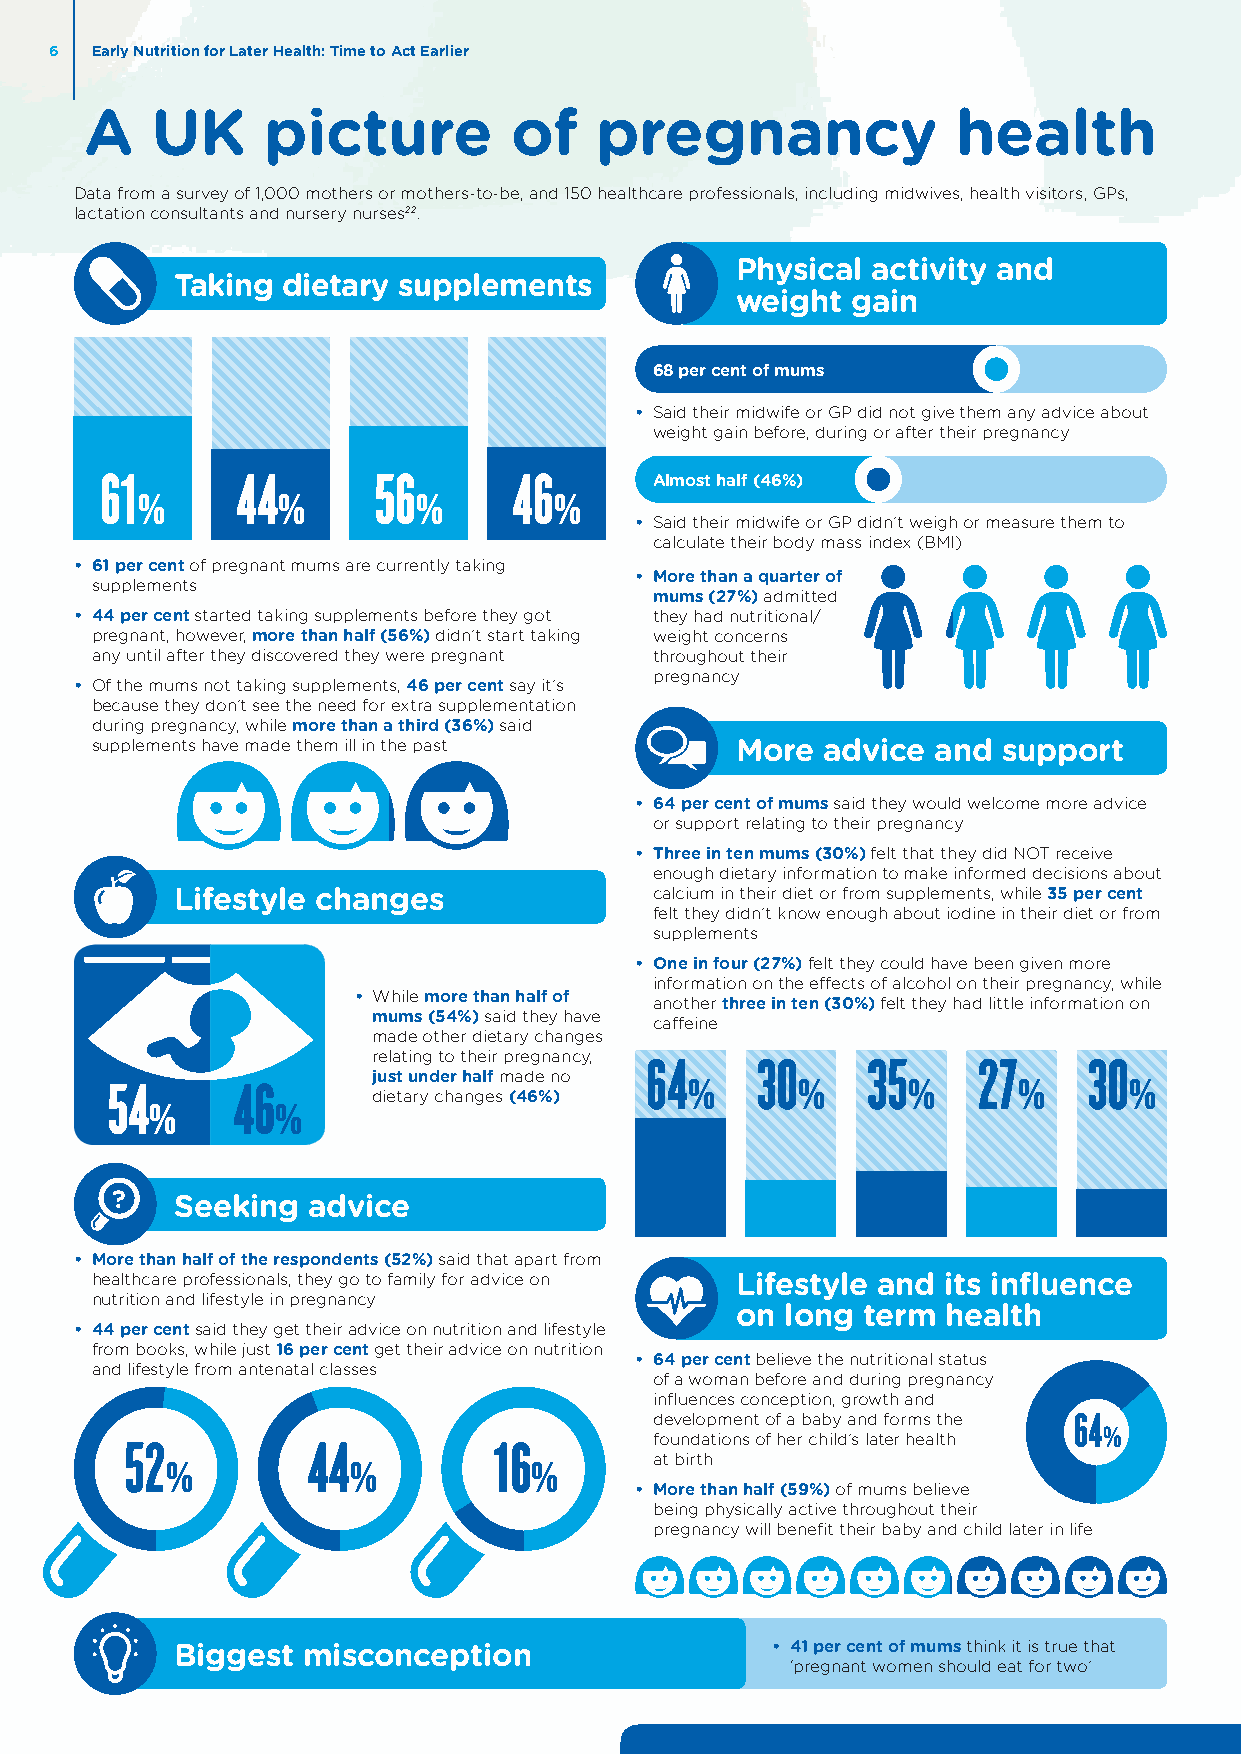
6  Early Nutrition for Later Health: Time to Act Earlier
 A   UK     picture          of   pregnancy               health
 Data from a survey of 1,000 mothers or mothers-to-be, and 150 healthcare professionals, including midwives, health visitors, GPs,
 lactation consultants and nursery nurses22.
 Physical activity and
 Taking dietary supplements
 weight gain
 68 per cent of mums
 • Said their midwife or GP did not give them any advice about
 weight gain before, during or after their pregnancy
 Almost half (46%)
 61       44       56       46
 %        %         %        %
 • Said their midwife or GP didn’t weigh or measure them to
 calculate their body mass index (BMI)
 • 6 1 per cent of pregnant mums are currently taking
 • More than a quarter of
 supplements
 mums (27%) admitted
 • 4 4 per cent started taking supplements before they got they had nutritional/
 pregnant, however, more than half (56%) didn’t start taking weight concerns
 any until after they discovered they were pregnant throughout their
 pregnancy
 • Of the mums not taking supplements, 46 per cent say it’s
 because they don’t see the need for extra supplementation
 during pregnancy, while more than a third (36%) said
 supplements have made them ill in the past More advice  and support
 • 64 per cent of mums said they would welcome more advice
 or support relating to their pregnancy
 • Three in ten mums (30%) felt that they did NOT receive
 enough dietary information to make informed decisions about
 Lifestyle changes              calcium in their diet or from supplements, while 35 per cent
 felt they didn’t know enough about iodine in their diet or from
 supplements
 • One in four (27%) felt they could have been given more
 information on the effects of alcohol on their pregnancy, while
 • While more than half of another three in ten (30%) felt they had little information on
 mums (54%) said they have caffeine
 made other dietary changes
 relating to their pregnancy,
 just under half made no 64 30   35      27     30
 54      46        dietary changes (46%) %     %      %      %       %
 %       %
 ?    Seeking advice
 • M ore than half of the respondents (52%) said that apart from
 healthcare professionals, they go to family for advice on Lifestyle and its influence
 nutrition and lifestyle in pregnancy
 on long term  health
 • 4 4 per cent said they get their advice on nutrition and lifestyle
 from books, while just 16 per cent get their advice on nutrition
 • 64 per cent believe the nutritional status
 and lifestyle from antenatal classes
 of a woman before and during pregnancy
 influences conception, growth and
 development of a baby and forms the
 64
 foundations of her child’s later health %
 52          44           16        at birth
 %           %           %
 • More than half (59%) of mums believe
 being physically active throughout their
 pregnancy will benefit their baby and child later in life
 BBiiggggeests tm miscioscncoenpcteiopntion... • 41 per cent of mums think it is true that
 ‘pregnant women should eat for two’